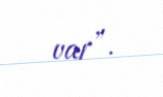
var”.